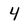
Character: 4